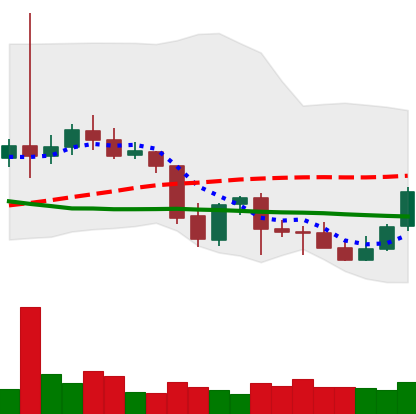
Ticker: LTC-USD
Chart end date: 2021-10-01
Forward return: 7.568%
Label: up_7plus